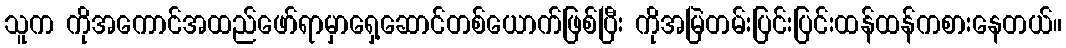
သူက ကိုအကောင်အထည်ဖော်ရာမှာရှေ့ဆောင်တစ်ယောက်ဖြစ်ပြီး ကိုအမြဲတမ်းပြင်းပြင်းထန်ထန်ကစားနေတယ်။